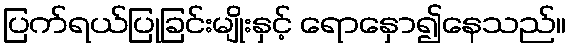
ပြက်ရယ်ပြုခြင်းမျိုးနှင့် ရောနှော၍နေသည်။